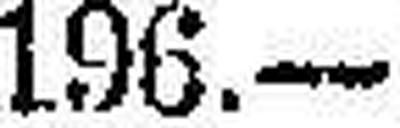
196.—